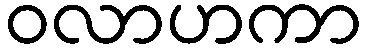
ဝလာဟကာ